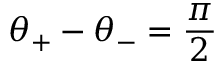
\theta _ { + } - \theta _ { - } = \frac { \pi } { 2 }